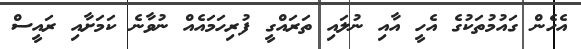
އެހެން ގައުމުތަކުގެ އެހީ އާއި ނުލައި ތަރައްގީ ފުރިހަމައެއް ނުވާނެ ކަމަށާއި ރައީސް